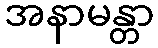
အနာမန္တာ